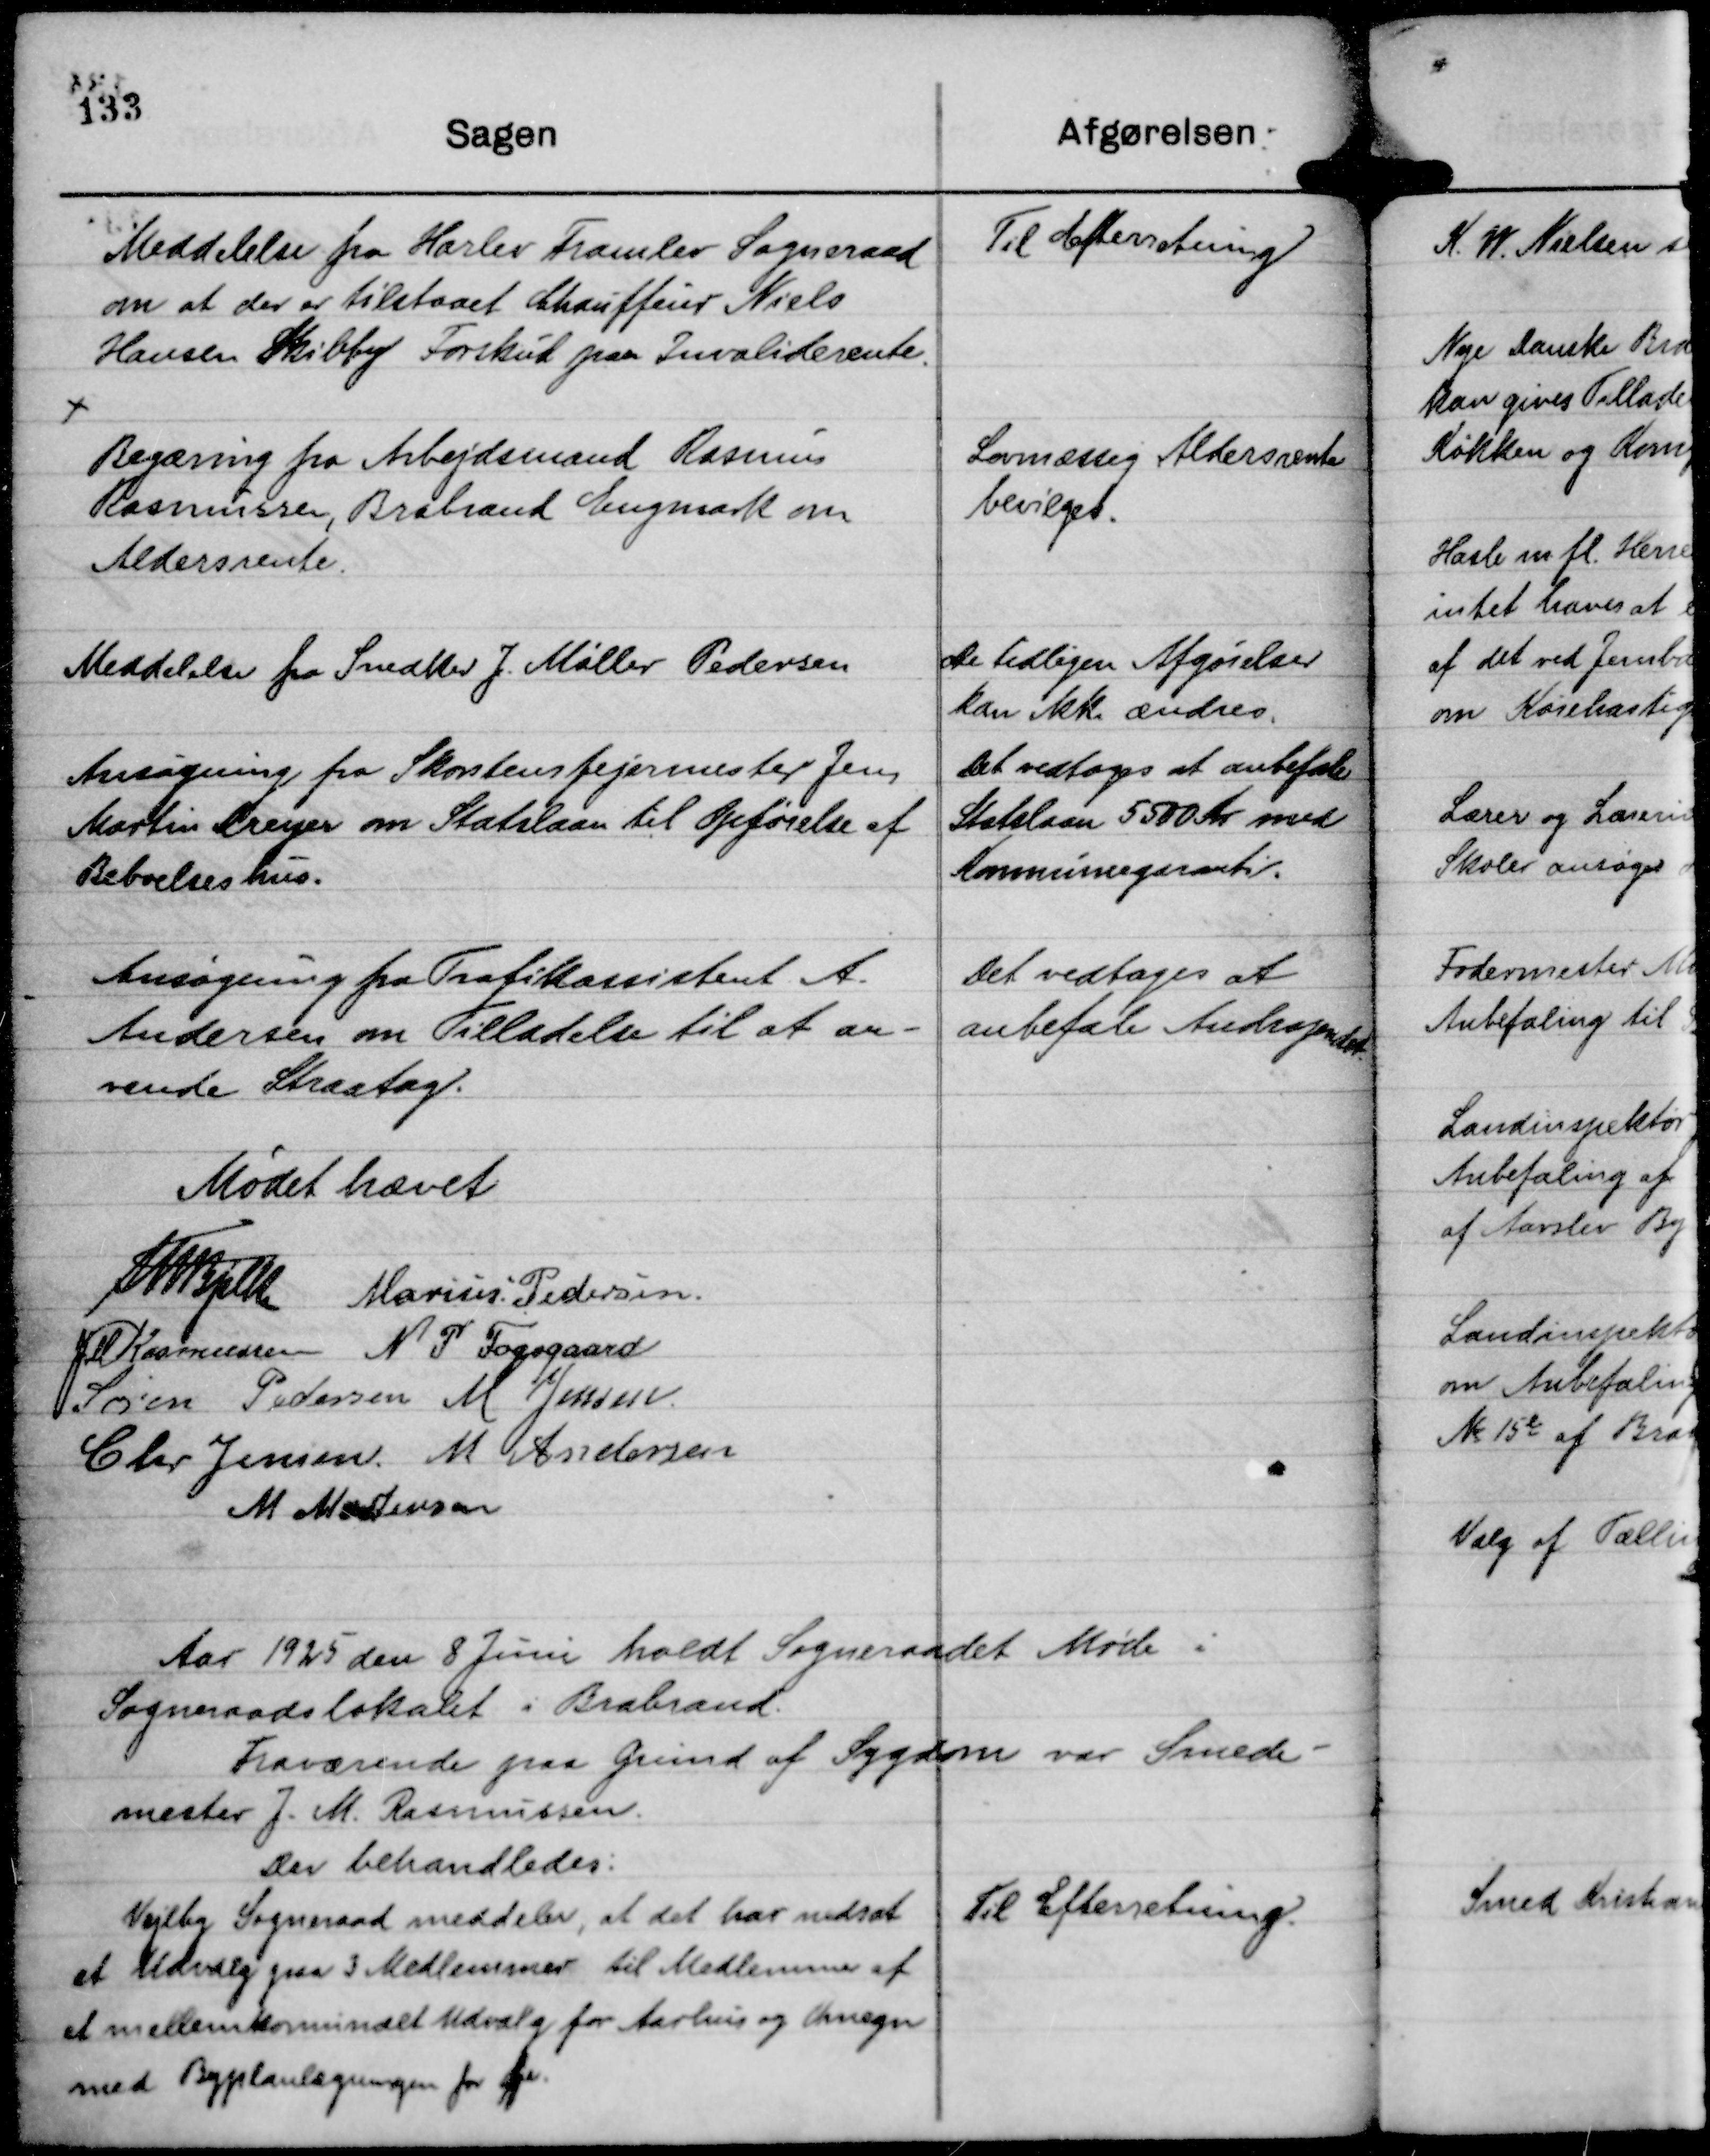
Transskription:
Meddelelse fra Harlev Framlev Sogneraad
om at der er tilstaaet Chauffeur Niels
Hansen Skibby Forskud paa Invaliderente.

Til Efterretning

Begæring fra Arbejdsmand Rasmus
Rasmussen, Brabrand Engmark om
Aldersrente.

Lovmæssig Aldersrente
bevilget.

Meddelelse fra Snedker J. Møller Pedersen

De tidligere Afgørelser
kan ikke ændres.

Ansøgning fra Skorstensfejermester Jens
Martin Dreyer om Statslaan til Opførelse af
Beboelseshus.

Det vedtoges at anbefale
Statslaan 5500 Kr med
Kommunegaranti.

Ansøgning fra Trafikassistent A.
Andersen om Tilladelse til at an-
vende Straatag.

Det vedtages at
anbefale Andragendet.

Mødet hævet
Th Bjelke
Marius Pedersen.
JM Rasmussen
N P Fogsgaard
Søren Pedersen
M Jensen.
Chr Jensen
M Andersen
M Mortensen

Aar 1925 den 8 Juni holdt Sogneraadet Møde i
Sogneraadslokalet i Brabrand.
Fraværende paa Grund af Sygdom var Smede-
mester J. M. Rasmussen.
Der behandledes:

Vejlby Sogneraad meddeler, at det har nedsat
et Udvalg paa 3 Medlemmer til Medlemmer af
et mellemkommunalt Udvalg for Aarhus og Omegn
med Byplanlægningen for Øje.

Til Efterretning.